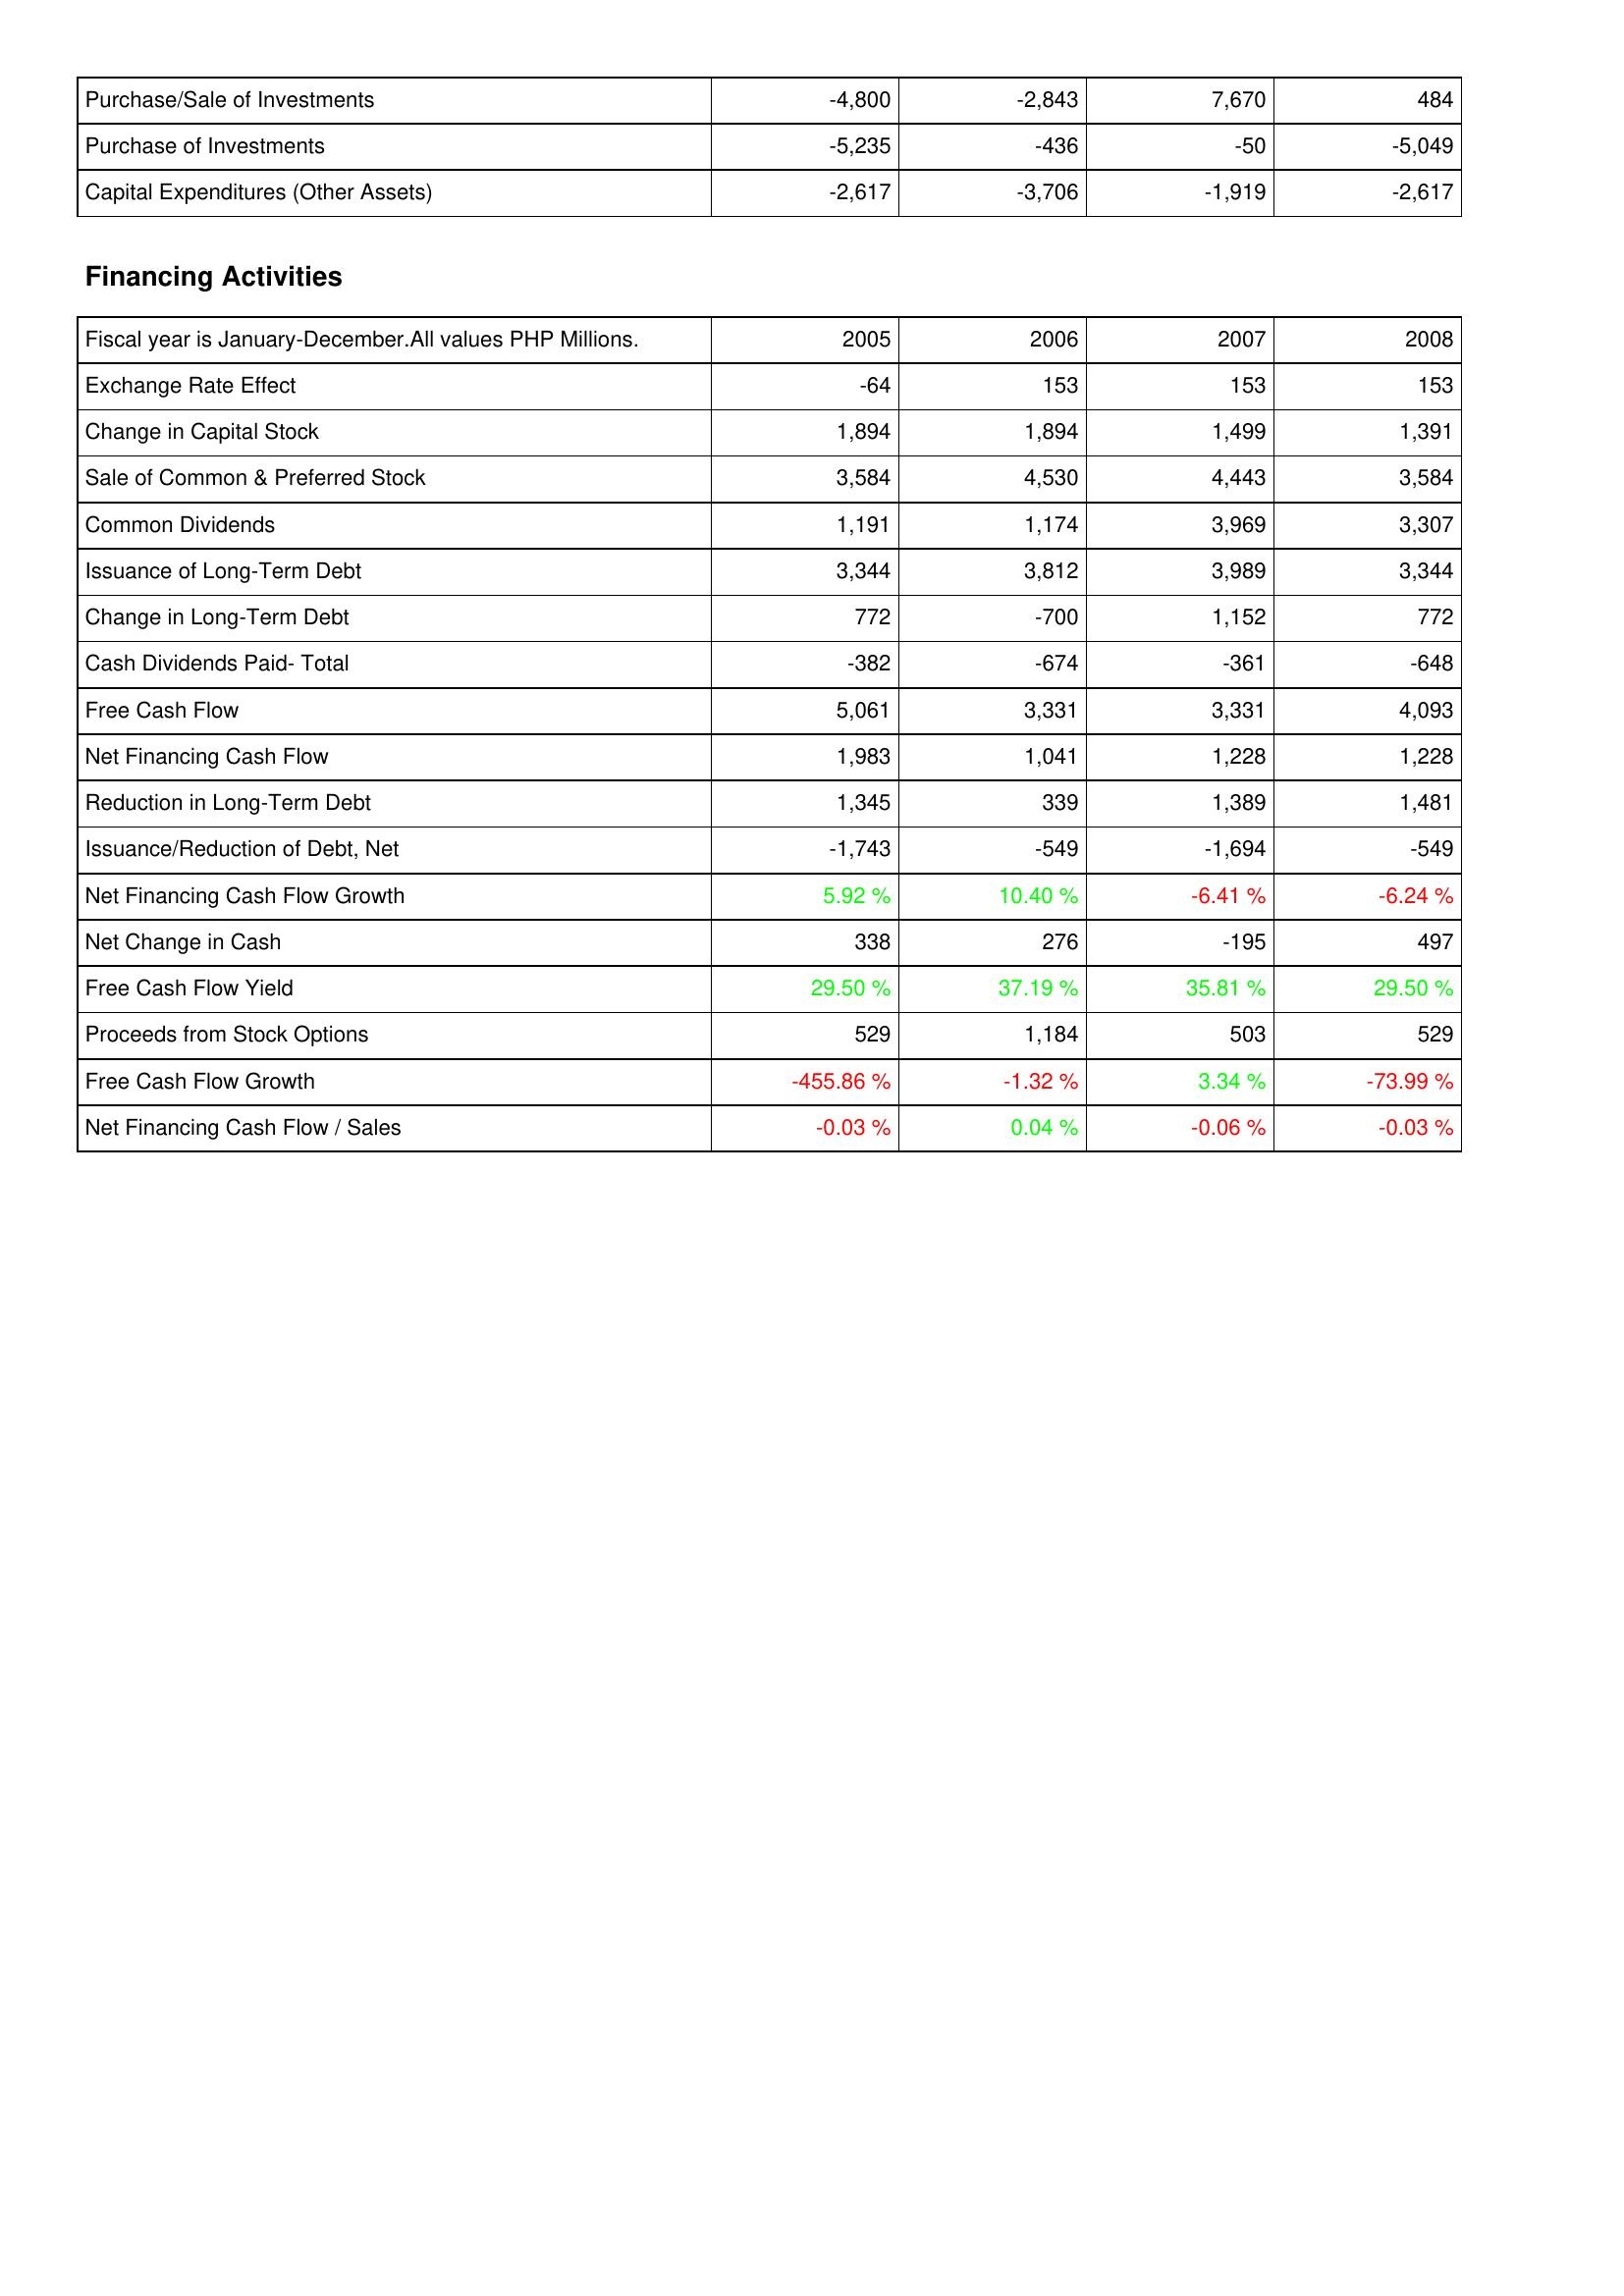
2005: Investing Activities: Purchase/Sale of Investments: -4,800
Purchase of Investments: -5,235
Capital Expenditures (Other Assets): -2,617
Financing Activities: Exchange Rate Effect: -64
Change in Capital Stock: 1,894
Sale of Common & Preferred Stock: 3,584
Common Dividends: 1,191
Issuance of Long-Term Debt: 3,344
Change in Long-Term Debt: 772
Cash Dividends Paid- Total: -382
Free Cash Flow: 5,061
Net Financing Cash Flow: 1,983
Reduction in Long-Term Debt: 1,345
Issuance/Reduction of Debt, Net: -1,743
Net Financing Cash Flow Growth: 5.92 %
Net Change in Cash: 338
Free Cash Flow Yield: 29.50 %
Proceeds from Stock Options: 529
Free Cash Flow Growth: -455.86 %
Net Financing Cash Flow / Sales: -0.03 %
2006: Investing Activities: Purchase/Sale of Investments: -2,843
Purchase of Investments: -436
Capital Expenditures (Other Assets): -3,706
Financing Activities: Exchange Rate Effect: 153
Change in Capital Stock: 1,894
Sale of Common & Preferred Stock: 4,530
Common Dividends: 1,174
Issuance of Long-Term Debt: 3,812
Change in Long-Term Debt: -700
Cash Dividends Paid- Total: -674
Free Cash Flow: 3,331
Net Financing Cash Flow: 1,041
Reduction in Long-Term Debt: 339
Issuance/Reduction of Debt, Net: -549
Net Financing Cash Flow Growth: 10.40 %
Net Change in Cash: 276
Free Cash Flow Yield: 37.19 %
Proceeds from Stock Options: 1,184
Free Cash Flow Growth: -1.32 %
Net Financing Cash Flow / Sales: 0.04 %
2007: Investing Activities: Purchase/Sale of Investments: 7,670
Purchase of Investments: -50
Capital Expenditures (Other Assets): -1,919
Financing Activities: Exchange Rate Effect: 153
Change in Capital Stock: 1,499
Sale of Common & Preferred Stock: 4,443
Common Dividends: 3,969
Issuance of Long-Term Debt: 3,989
Change in Long-Term Debt: 1,152
Cash Dividends Paid- Total: -361
Free Cash Flow: 3,331
Net Financing Cash Flow: 1,228
Reduction in Long-Term Debt: 1,389
Issuance/Reduction of Debt, Net: -1,694
Net Financing Cash Flow Growth: -6.41 %
Net Change in Cash: -195
Free Cash Flow Yield: 35.81 %
Proceeds from Stock Options: 503
Free Cash Flow Growth: 3.34 %
Net Financing Cash Flow / Sales: -0.06 %
2008: Investing Activities: Purchase/Sale of Investments: 484
Purchase of Investments: -5,049
Capital Expenditures (Other Assets): -2,617
Financing Activities: Exchange Rate Effect: 153
Change in Capital Stock: 1,391
Sale of Common & Preferred Stock: 3,584
Common Dividends: 3,307
Issuance of Long-Term Debt: 3,344
Change in Long-Term Debt: 772
Cash Dividends Paid- Total: -648
Free Cash Flow: 4,093
Net Financing Cash Flow: 1,228
Reduction in Long-Term Debt: 1,481
Issuance/Reduction of Debt, Net: -549
Net Financing Cash Flow Growth: -6.24 %
Net Change in Cash: 497
Free Cash Flow Yield: 29.50 %
Proceeds from Stock Options: 529
Free Cash Flow Growth: -73.99 %
Net Financing Cash Flow / Sales: -0.03 %